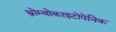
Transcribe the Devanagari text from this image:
थ्रोम्बोकाइटोपेनिक